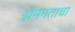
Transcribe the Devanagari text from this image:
झेनमताचा